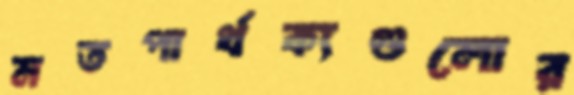
মতপার্থক্যগুলোর